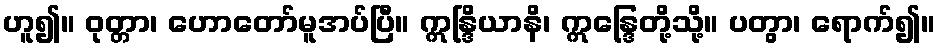
ဟူ၍။ ဝုတ္တာ၊ ဟောတော်မူအပ်ပြီ။ ဣန္ဒြိယာနိ၊ ဣန္ဒြေတို့သို့။ ပတွာ၊ ရောက်၍။